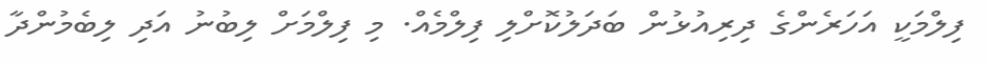
ފިލްމަކީ އަހަރެންގެ ދިރިއުޅުން ބަދަލުކޮށްލި ފިލްމެއް. މި ފިލްމަށް ލިބުނު އަދި ލިބެމުންދާ